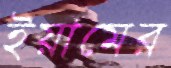
ইয়ামের